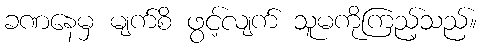
ခဏနေမှ မျက်စိ ဖွင့်လျက် သူမကိုကြည့်သည်။